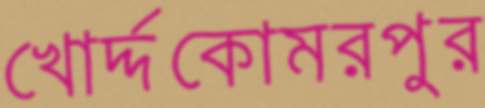
খোর্দ্দকোমরপুর